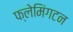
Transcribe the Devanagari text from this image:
फ्लेमिंगटन